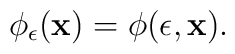
\phi_\epsilon({\bf x}) = \phi(\epsilon,{\bf x}).